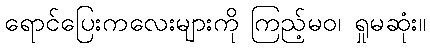
ရောင်ပြေးကလေးများကို ကြည့်မဝ၊ ရှုမဆုံး။